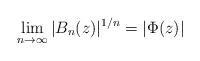
LaTeX: \begin{align*} \lim_{n\to\infty} |B_n(z)|^{1/n} = |\Phi(z)|\end{align*}